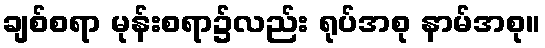
ချစ်စရာ မုန်းစရာ၌လည်း ရုပ်အစု နာမ်အစု။